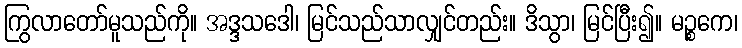
ကြွလာတော်မူသည်ကို။ အဒ္ဒသဒေါ၊ မြင်သည်သာလျှင်တည်း။ ဒိသွာ၊ မြင်ပြီး၍။ မဉ္စကေ၊